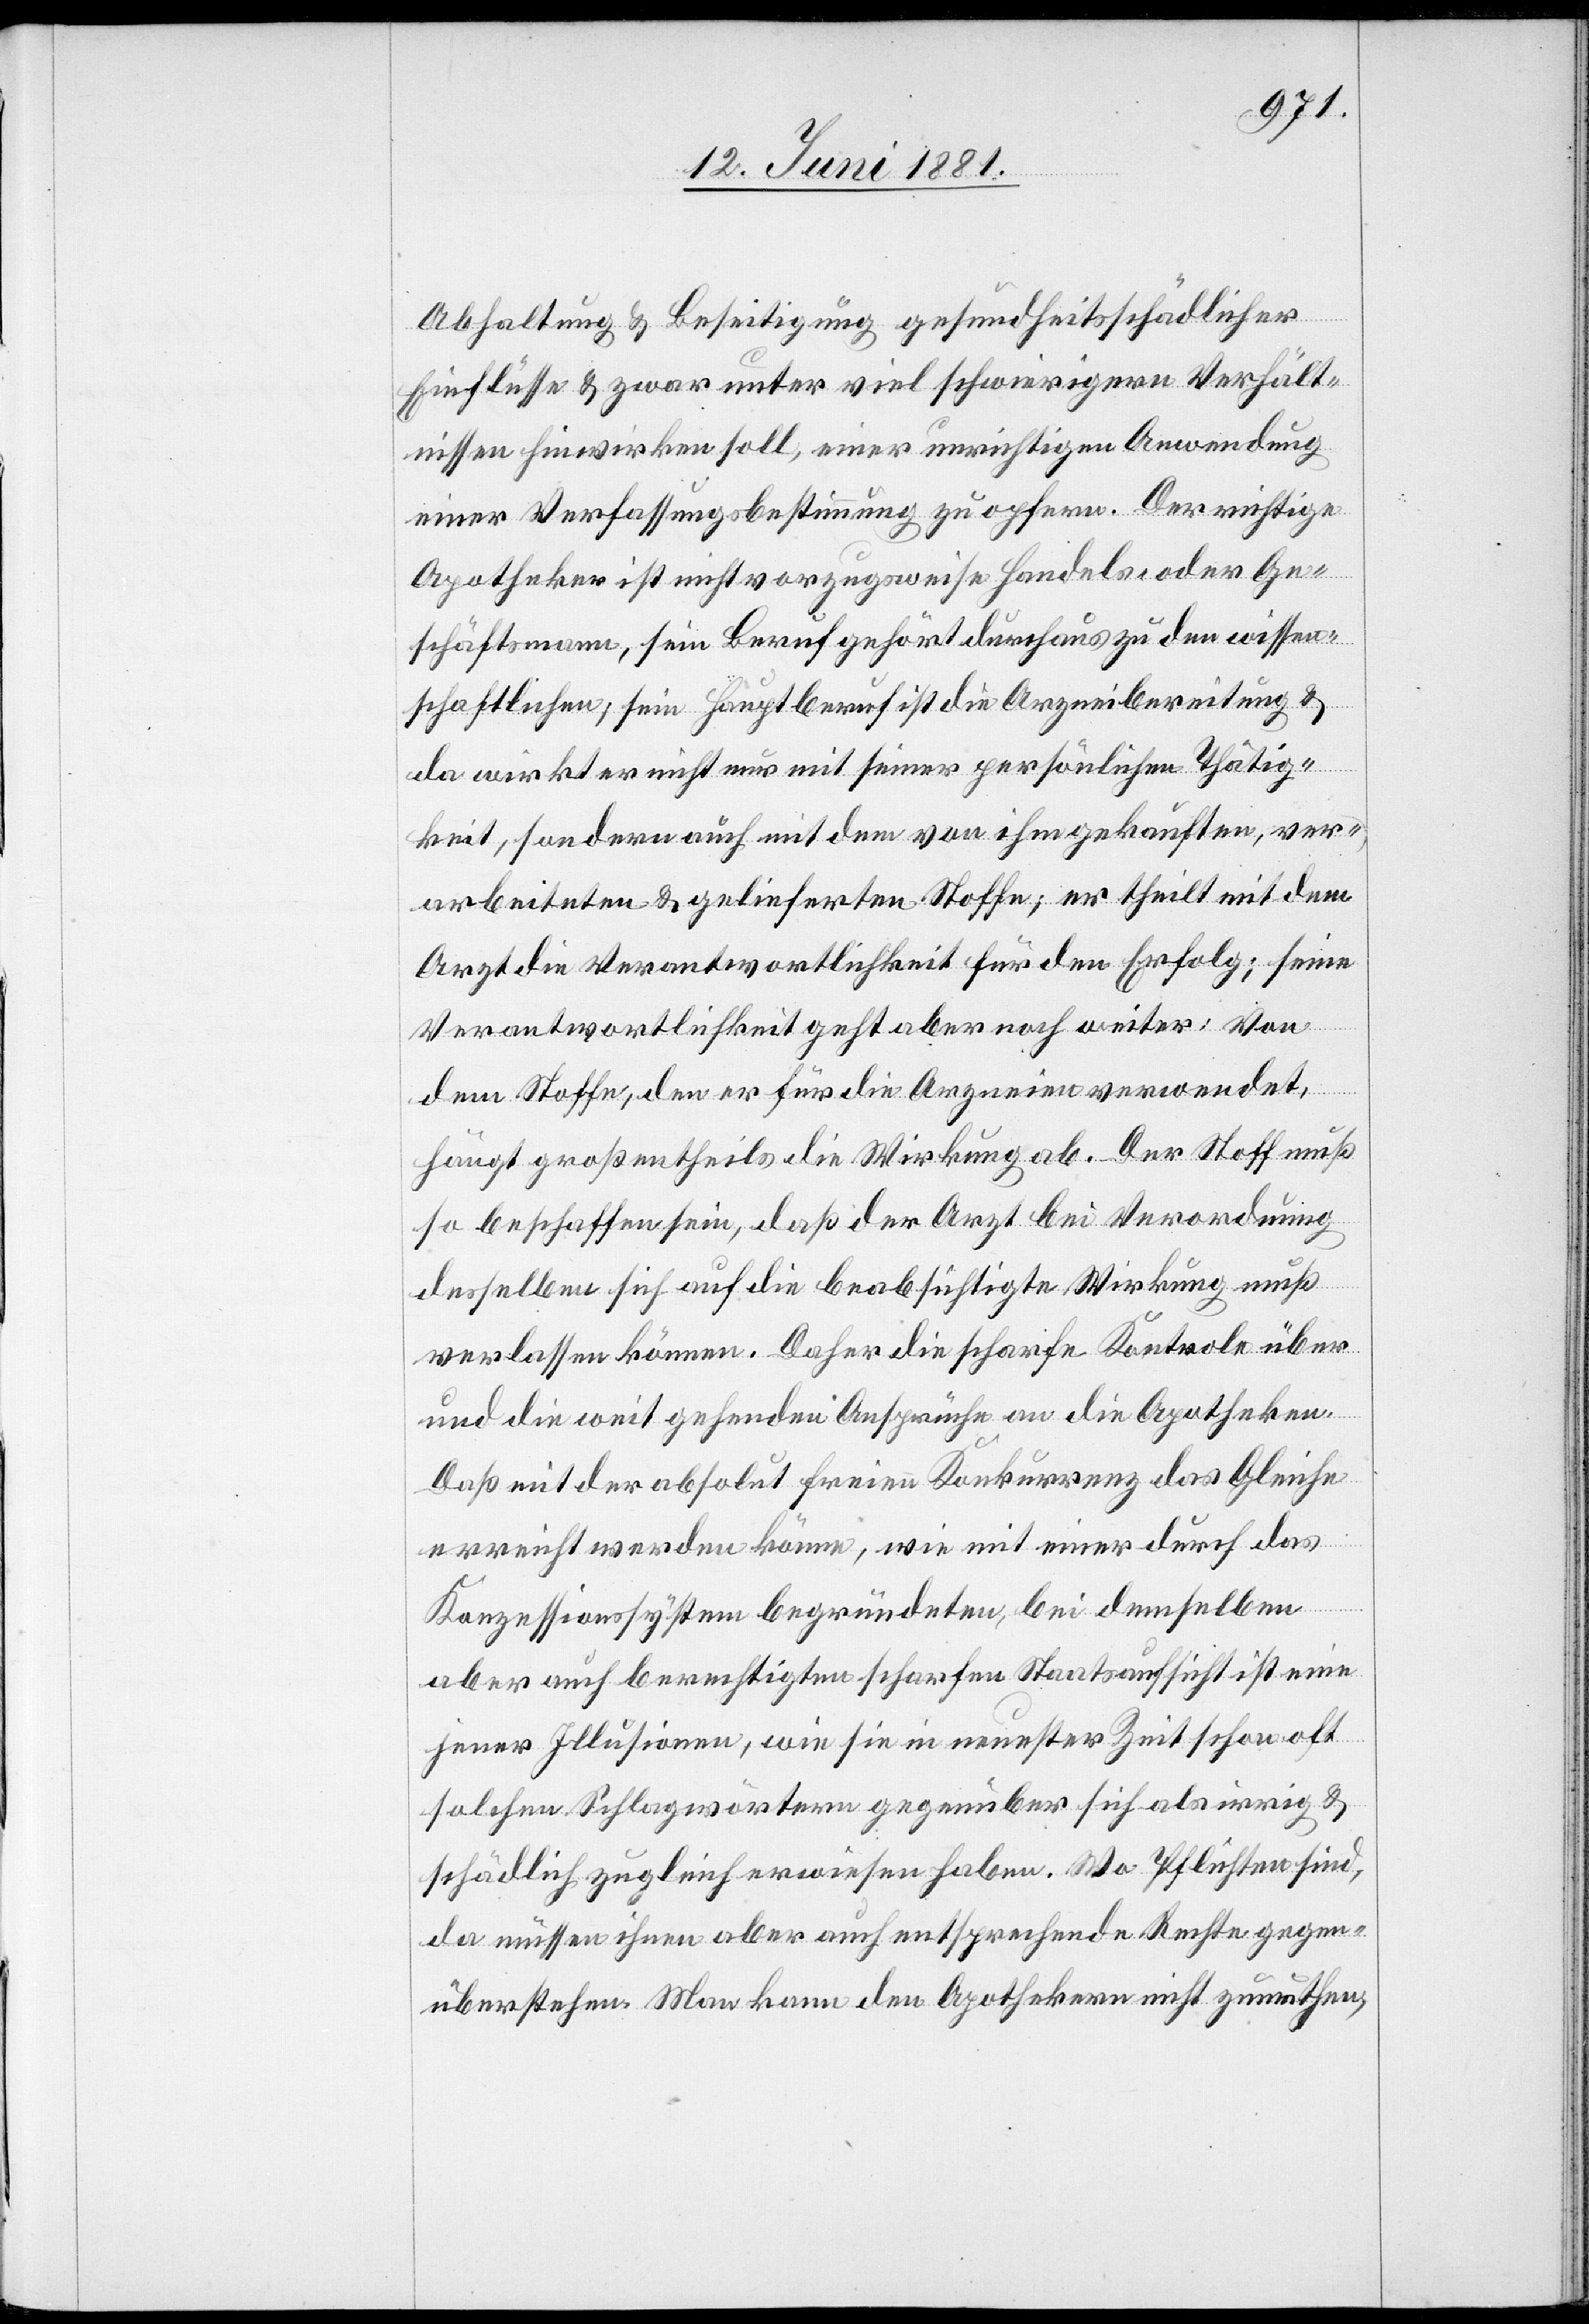
Abhaltung & Beseitigung gesundheitsschädlicher
Einflüsse & zwar unter viel schwierigern Verhält¬
nissen hinwirken soll, einer unrichtigen Anwendung
einer Verfassungsbestimmung zu opfern. Der richtige
Apotheker ist nicht vorzugsweise Handels- oder Ge¬
schäftsmann, sein Beruf gehört durchaus zu den wissen¬
schaftlichen; sein Hauptberuf ist die Arzneibereitung &
da wirkt er nicht nur mit seiner persönlichen Thätig¬
keit, sondern auch mit dem von ihm gekauften, ver¬
arbeiteten & gelieferten Stoffe; er theilt mit dem
Arzt die Verantwortlichkeit für den Erfolg; seine
Verantwortlichkeit geht aber noch weiter: Von
dem Stoffe, den er für die Arzneien verwendet,
hängt größtentheils die Wirkung ab. Der Stoff muß
so beschaffen sein, daß der Arzt bei Verordnung
desselben sich auf die beabsichtigte Wirkung muß
verlassen können. Daher die scharfe Kontrole über
und die weit gehenden Ansprüche an die Apotheken.
Daß mit der absolut freien Konkurrenz das Gleiche
erreicht werden könne, wie mit einer durch das
Konzessionssystem begründeten, bei demselben
aber auch berechtigten scharfen Staatsaufsicht ist eine
jener Illusionen, wie sie in neuester Zeit schon oft
solchen Schlagwörtern gegenüber sich als irrig &
schädlich zugleich erwiesen haben. Wo Pflichten sind,
da müssen ihnen aber auch entsprechende Rechte gegen¬
überstehen. Man kann den Apothekern nicht zumuthen,